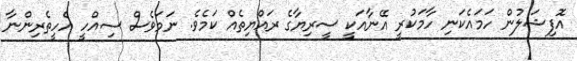
އޮފިޝަލުން ހަމައެކަނި ހާމަކުރީ އޭނާއަކީ ސީރިޔާގެ ރައްޔިތެއް ކަމެވެ. ނަމަވެސް ސިއްހީ އެހީތެރިންނާ